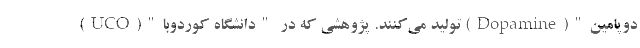
دوپامین"(Dopamine) تولید می‌کنند. پژوهشی که در "دانشگاه کوردوبا"(UCO)